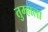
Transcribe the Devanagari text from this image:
तुम्‍हाला